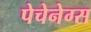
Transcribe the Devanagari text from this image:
पेचेनेग्स